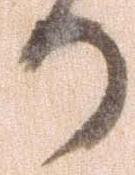
か